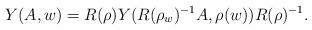
LaTeX: \begin{align*}Y(A,w)=R(\rho)Y(R(\rho_{w})^{-1}A,\rho(w))R(\rho)^{-1}.\end{align*}